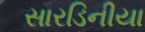
સારડિનીયા